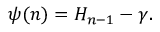
\psi ( n ) = H _ { n - 1 } - \gamma .